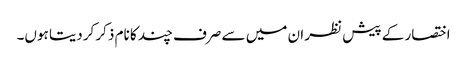
اختصار کے پیش نظر ان میں سے صرف چند کا نام ذکر کردیتا ہوں۔